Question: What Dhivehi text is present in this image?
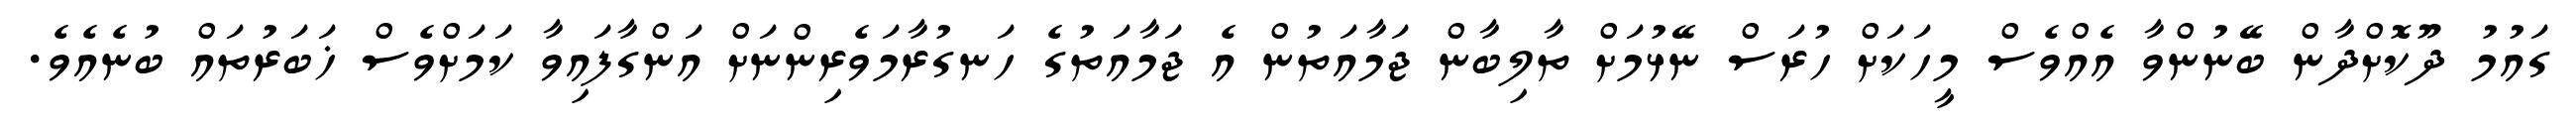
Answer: ގައުމު ދޫކޮށްދާން ބޭނުންވާ އެއްވެސް މީހަކަށް ހުރަސް ނޭޅުމަށް ތާލިބާން ޖަމާއަތުން އެ ޖަމާއަތުގެ ހަނގުރާމަވެރިންނަށް އަންގާފައިވާ ކަމަށްވެސް ޚަބަރުތައް ބުނެއެވެ.